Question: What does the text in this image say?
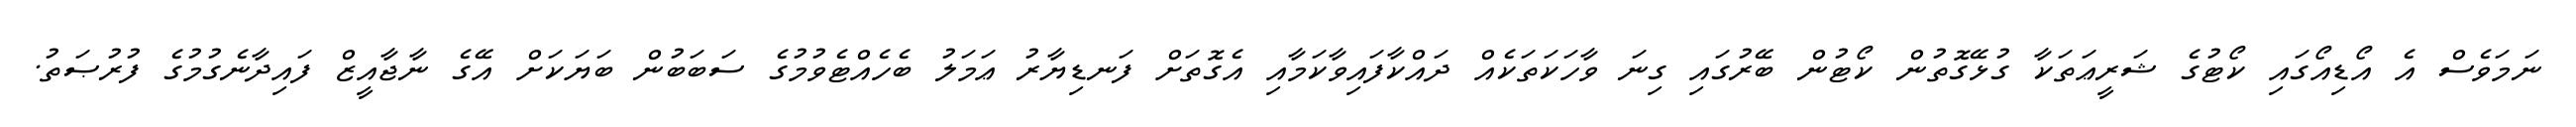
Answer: ނަމަވެސް އެ އޯޑިއޯގައި ކޯޓުގެ ޝަރީޢަތަކާ ގުޅޭގޮތުން ކޯޓުން ބޭރުގައި ގިނަ ވާހަކަތަކެއް ދައްކާފައިވާކަމާއި އެގޮތަށް ފަނޑިޔާރު ޢަމަލު ބެހެއްޓެވުމުގެ ސަބަބުން ބަޔަކަށް އޭގެ ނާޖާއީޒް ފައިދާނެގުމުގެ ފުރުޞަތު.